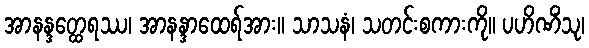
အာနန္ဒတ္ထေရဿ၊ အာနန္ဒာထေရ်အား။ သာသနံ၊ သတင်းစကားကို။ ပဟိဏိံသု၊